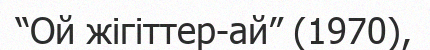
“Ой жігіттер-ай” (1970),